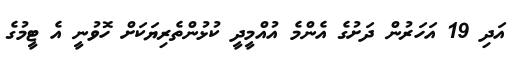
އަދި 19 އަހަރުން ދަށުގެ އެންމެ އުއްމީދީ ކުޅުންތެރިޔަކަށް ހޮވުނީ އެ ޓީމުގެ